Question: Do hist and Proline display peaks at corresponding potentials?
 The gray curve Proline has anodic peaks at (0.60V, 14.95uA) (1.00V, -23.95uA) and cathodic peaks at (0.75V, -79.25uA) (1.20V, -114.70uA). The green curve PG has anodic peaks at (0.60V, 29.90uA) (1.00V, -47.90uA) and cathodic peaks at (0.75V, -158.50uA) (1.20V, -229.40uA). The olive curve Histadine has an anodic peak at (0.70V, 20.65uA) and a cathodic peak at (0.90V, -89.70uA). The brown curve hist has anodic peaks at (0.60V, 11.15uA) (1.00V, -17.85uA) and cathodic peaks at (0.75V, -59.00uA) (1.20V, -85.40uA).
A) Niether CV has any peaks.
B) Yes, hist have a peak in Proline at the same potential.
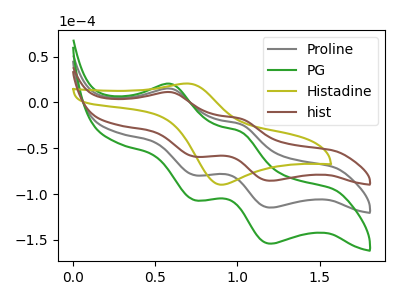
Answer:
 <answer>B) Yes, "hist" have a peak in "Proline" at the same potential.</answer>
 <eval>B</eval>